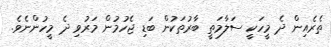
ތެރެއިން ދެ މީހަކީ ސަލާމަތީ ބާރުތަކުން ބަޑި ޖެހުމުން މަރުވި ދެ މީހުންނެވެ.